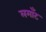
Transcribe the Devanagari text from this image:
लमाँट